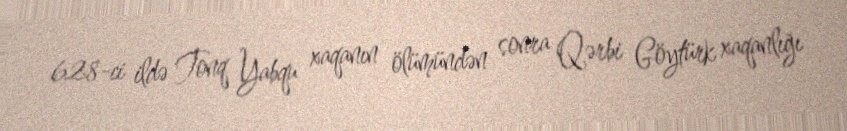
628-ci ildə Tonq Yabqu xaqanın ölümündən sonra Qərbi Göytürk xaqanlığı